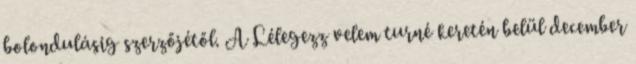
bolondulásig szerzőjétől. A Lélegezz velem turné keretén belül december